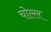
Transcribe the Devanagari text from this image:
चोल्ल